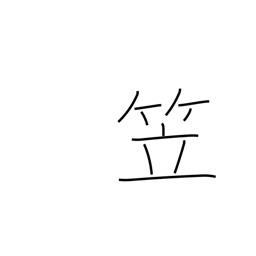
Meaning: bamboo hat